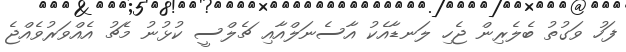
ފަހު ވަގުތު ބެލެރިން ޖެހި ލަނޑާއެކު އާސެނަލްއާއި ޗެލްސީ ކުޅުނު މެޗު އެއްވަރުވެއްޖެ